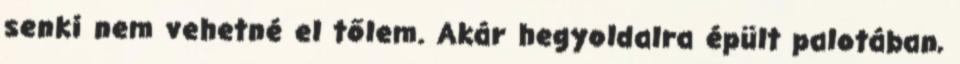
senki nem vehetné el tőlem. Akár hegyoldalra épült palotában,